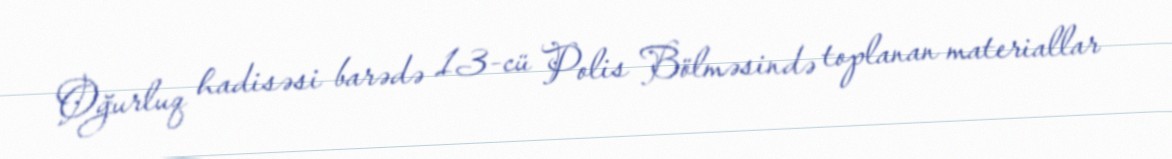
Oğurluq hadisəsi barədə 13-cü Polis Bölməsində toplanan materiallar